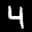
Label: 4